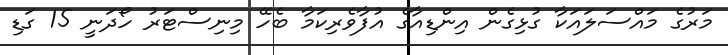
މަރުގެ މައްސަލައަކާ ގުޅިގެން އިންޑިއާގެ އުފާވެރިކަމާ ބެހޭ މިނިސްޓަރު ހޯދަނީ 15 ގަޑި